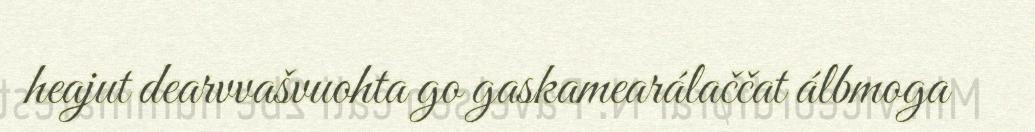
heajut dearvvašvuohta go gaskamearálaččat álbmoga